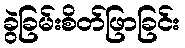
ခွဲခြမ်းစိတ်ဖြာခြင်း